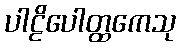
ပါဠိပေါတ္ထကေသု